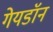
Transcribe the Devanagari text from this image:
गेयडॉन